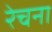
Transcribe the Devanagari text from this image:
रेचना